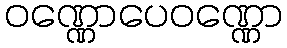
ဝဏ္ဏောပေဝဏ္ဏော